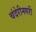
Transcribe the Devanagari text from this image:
चंदेरीनगरी